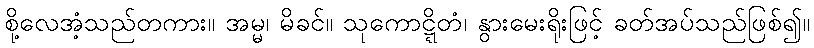
စို့လေအံ့သည်တကား။ အမ္မ၊ မိခင်။ သုကောဋ္ဋိတံ၊ နွားမေးရိုးဖြင့် ခတ်အပ်သည်ဖြစ်၍။